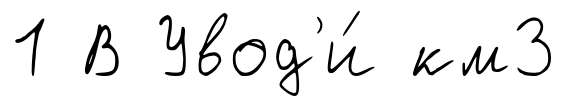
1 В Увод'и́ км3